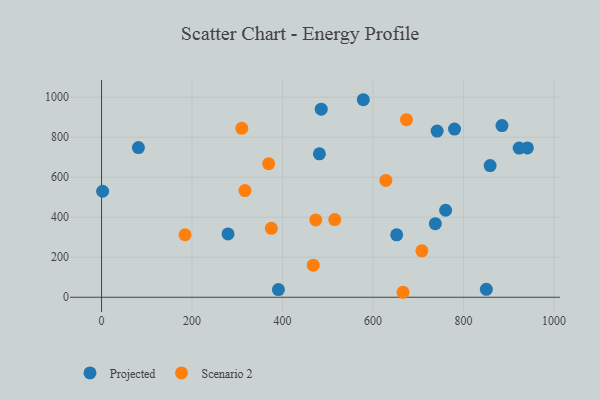
{"axis": {"x": "Price", "y": "Rating"}, "legend": ["Projected", "Scenario 2"], "data": [{"x": "922.7", "y": 745.5, "type": "Projected"}, {"x": "850.2", "y": 39.7, "type": "Projected"}, {"x": "741.5", "y": 830.5, "type": "Projected"}, {"x": "858.6", "y": 658.0, "type": "Projected"}, {"x": "2.4", "y": 529.8, "type": "Projected"}, {"x": "940.9", "y": 746.3, "type": "Projected"}, {"x": "737.5", "y": 367.6, "type": "Projected"}, {"x": "578.4", "y": 987.3, "type": "Projected"}, {"x": "485.4", "y": 940.1, "type": "Projected"}, {"x": "481.4", "y": 717.0, "type": "Projected"}, {"x": "81.5", "y": 748.1, "type": "Projected"}, {"x": "884.8", "y": 857.9, "type": "Projected"}, {"x": "652.1", "y": 311.8, "type": "Projected"}, {"x": "779.9", "y": 840.6, "type": "Projected"}, {"x": "390.8", "y": 38.4, "type": "Projected"}, {"x": "760.3", "y": 434.9, "type": "Projected"}, {"x": "279.5", "y": 316.3, "type": "Projected"}, {"x": "673.7", "y": 887.8, "type": "Scenario 2"}, {"x": "375.3", "y": 344.7, "type": "Scenario 2"}, {"x": "309.9", "y": 844.5, "type": "Scenario 2"}, {"x": "467.8", "y": 160.4, "type": "Scenario 2"}, {"x": "184.5", "y": 312.4, "type": "Scenario 2"}, {"x": "515.3", "y": 388.0, "type": "Scenario 2"}, {"x": "628.2", "y": 584.0, "type": "Scenario 2"}, {"x": "473.4", "y": 386.5, "type": "Scenario 2"}, {"x": "369.2", "y": 667.6, "type": "Scenario 2"}, {"x": "666.2", "y": 24.8, "type": "Scenario 2"}, {"x": "707.8", "y": 232.1, "type": "Scenario 2"}, {"x": "316.9", "y": 533.1, "type": "Scenario 2"}]}